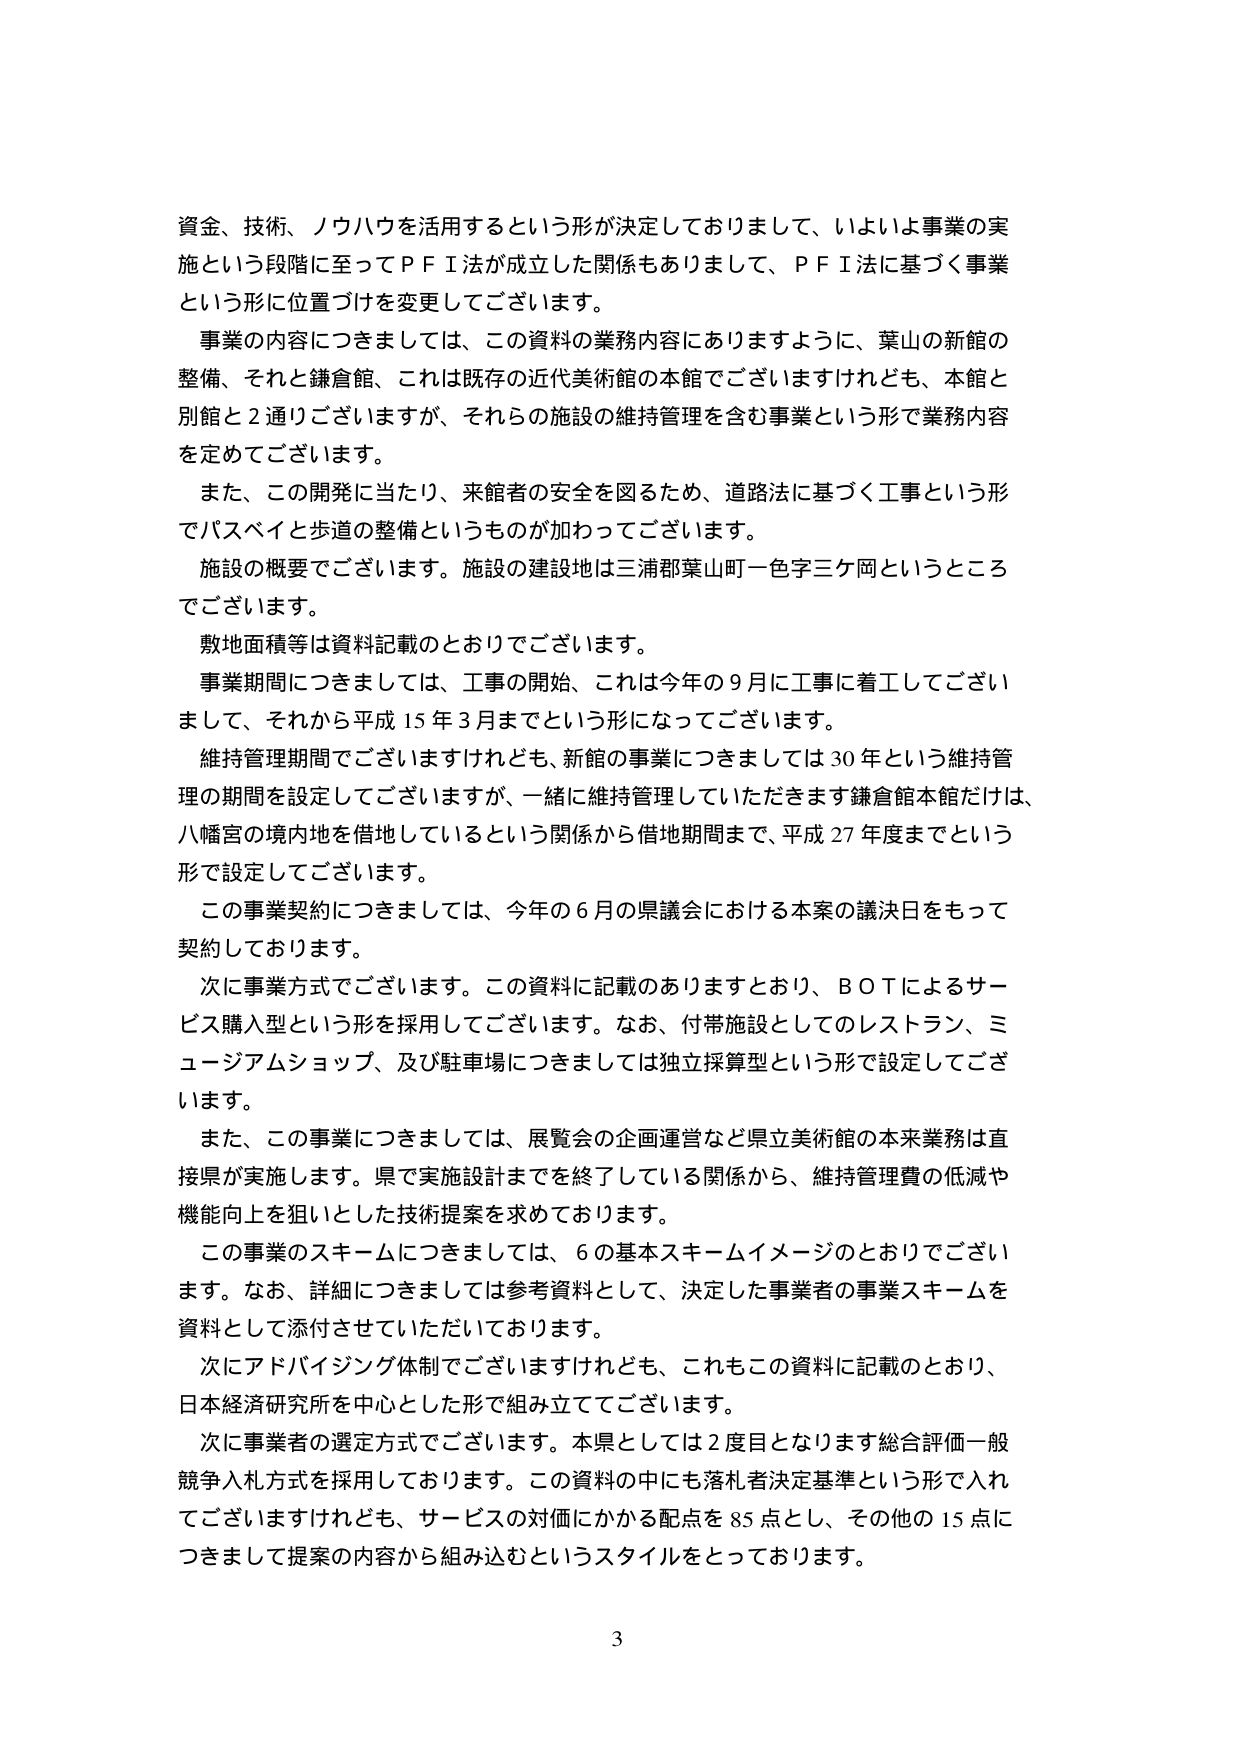
資金、技術、ノウハウを活用するという形が決定しておりまして、いよいよ事業の実施という段階に至ってＰＦＩ法が成立した関係もありまして、ＰＦＩ法に基づく事業という形に位置づけを変更してございます。

事業の内容につきましては、この資料の業務内容にありますように、葉山の新館の整備、それと鎌倉館、これは既存の近代美術館の本館でございますけれども、本館と別館と２通りございますが、それらの施設の維持管理を含む事業という形で業務内容を定めてございます。

また、この開発に当たり、来館者の安全を図るため、道路法に基づく工事という形でバスベイと歩道の整備というものが加わってございます。

施設の概要でございます。施設の建設地は三浦郡葉山町一色字三ケ岡というところでございます。

敷地面積等は資料記載のとおりでございます。

事業期間につきましては、工事の開始、これは今年の９月に工事に着工してございまして、それから平成15年3月までという形になってございます。

維持管理期間でございますけれども、新館の事業につきましては30年という維持管理の期間を設定してございますが、一緒に維持管理していただきます鎌倉館本館だけは、八幡宮の境内地を借地しているという関係から借地期間まで、平成27年度までという形で設定してございます。

この事業契約につきましては、今年の６月の県議会における本案の議決日をもって契約しております。

次に事業方式でございます。この資料に記載のありますとおり、ＢＯＴによるサービス購入型という形を採用してございます。なお、付帯施設としてのレストラン、ミュージアムショップ、及び駐車場につきましては独立採算型という形で設定してございます。

また、この事業につきましては、展覧会の企画運営など県立美術館の本来業務は直接県が実施します。県で実施設計までを終了している関係から、維持管理費の低減や機能向上を狙いとした技術提案を求めております。

この事業のスキームにつきましては、６の基本スキームイメージのとおりでございます。なお、詳細につきましては参考資料として、決定した事業者の事業スキームを資料として添付させていただいております。

次にアドバイジング体制でございますけれども、これもこの資料に記載のとおり、日本経済研究所を中心とした形で組み立ててございます。

次に事業者の選定方式でございます。本県としては2度目となります総合評価一般競争入札方式を採用しております。この資料の中にも落札者決定基準という形で入れてございますけれども、サービスの対価にかかる配点を85点とし、その他の15点につきまして提案の内容から組み込むというスタイルをとっております。

3